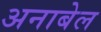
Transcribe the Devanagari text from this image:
अनाबेल